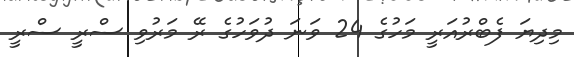
މިދިޔަ ފެބްރުއަރީ މަހުގެ 24 ވަނަ ދުވަހުގެ ރޭ މަރުވި ސްރީ ސްރީ